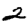
Digit: 2